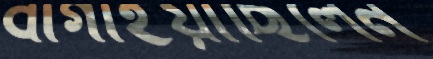
বাগাইয়াছিলেন